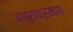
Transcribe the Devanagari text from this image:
अग्राक्रमण